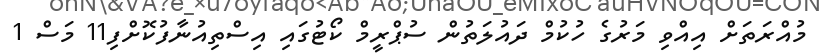
މުއްރަތަށް އިއްވި މަރުގެ ހުކުމް ދައުލަތުން ސުޕްރީމް ކޯޓުގައި އިސްތިއުނާފުކޮށްފި11 މަސް 1